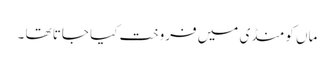
ماں کو منڈی میں فروخت کیا جاتا تھا ۔